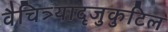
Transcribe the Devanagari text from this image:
वैचित्र्यादृजुकुटिल